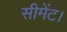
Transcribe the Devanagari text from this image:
सीमेंट।